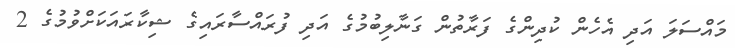
މައްސަލަ އަދި އެހެން ކުދިންގެ ފަރާތުން ގަނާލިބުމުގެ އަދި ފުރައްސާރައިގެ ޝިކާރައަކަށްވުމުގެ 2